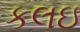
કલઇ